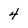
Character: 4